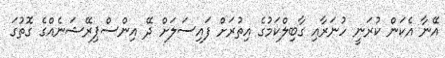
އޭނާ އެކަން ކުރަނީ ހުނަރާއި ގާބިލްކަމުގެ އިތުރަށް ފައިސަލަށް ދޭ އިންސްޕިރޭޝަނެއްގެ ގޮތުގަ